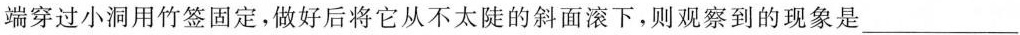
端穿过小洞用竹签固定，做好后将它从不太陡的斜面滚下，则观察到的现象是___